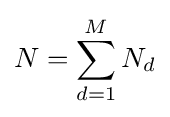
N=\sum _{d=1}^{M}N_{d}